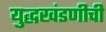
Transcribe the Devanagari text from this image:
युद्धखंडणीची